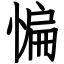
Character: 惼